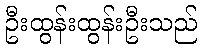
ဦးထွန်းထွန်းဦးသည်